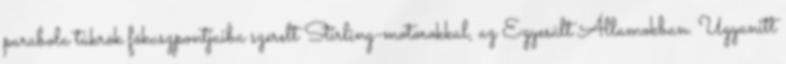
parabola tükrök fókuszpontjaiba szerelt Stirling-motorokkal, az Egyesült Államokban. Ugyanitt